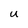
Character: U